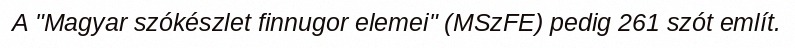
A "Magyar szókészlet finnugor elemei" (MSzFE) pedig 261 szót említ.